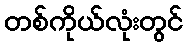
တစ်ကိုယ်လုံးတွင်